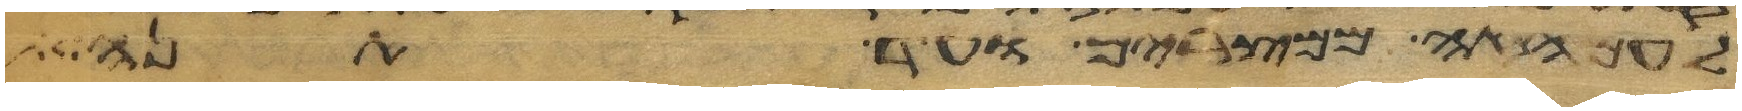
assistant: לעם הזה ממצרים ועד הנה